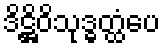
ဒိဋ္ဌိဝိသုဒ္ဓတ္ထံပေ